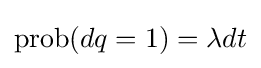
\operatorname {prob} (dq=1)=\lambda dt